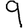
Digit: 9